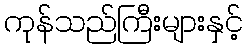
ကုန်သည်ကြီးများနှင့်